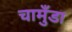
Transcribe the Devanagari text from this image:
चामुँडा